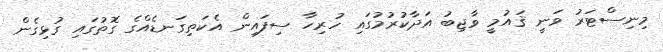
މިނިސްޓަރު ވަނީ ޤައުމީ ވާޖިބު އަދާކުރުމުގައި ހުރިހާ ސިފައިން އެކަތިގަނޑެއްގެ ގޮތުގައި ގުޅިގެން